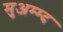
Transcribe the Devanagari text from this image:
मुअम्म्द